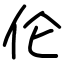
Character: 伦